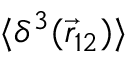
\langle \delta ^ { 3 } ( \vec { r } _ { 1 2 } ) \rangle